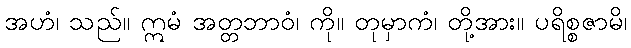
အဟံ၊ သည်။ ဣမံ အတ္တဘာဝံ၊ ကို။ တုမှာကံ၊ တို့အား။ ပရိစ္စဇာမိ၊